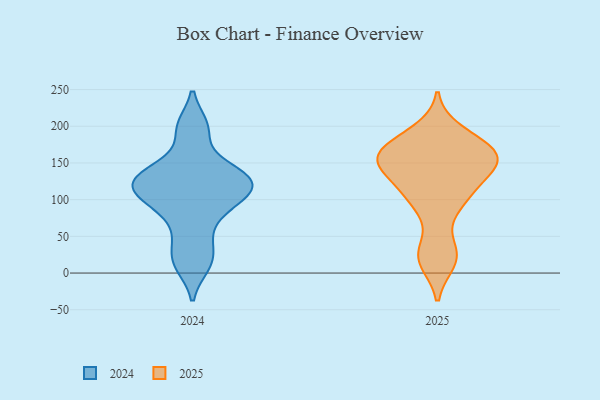
{"axis": {"x": "Net Income (USD K)", "y": "Value"}, "legend": ["2024", "2025"], "data": [{"x": "", "y": 68, "type": "2024"}, {"x": "", "y": 108, "type": "2024"}, {"x": "", "y": 17, "type": "2024"}, {"x": "", "y": 128, "type": "2024"}, {"x": "", "y": 125, "type": "2024"}, {"x": "", "y": 137, "type": "2024"}, {"x": "", "y": 96, "type": "2024"}, {"x": "", "y": 146, "type": "2024"}, {"x": "", "y": 93, "type": "2024"}, {"x": "", "y": 11, "type": "2024"}, {"x": "", "y": 119, "type": "2024"}, {"x": "", "y": 40, "type": "2024"}, {"x": "", "y": 131, "type": "2024"}, {"x": "", "y": 111, "type": "2024"}, {"x": "", "y": 199, "type": "2024"}, {"x": "", "y": 197, "type": "2024"}, {"x": "", "y": 155, "type": "2025"}, {"x": "", "y": 150, "type": "2025"}, {"x": "", "y": 154, "type": "2025"}, {"x": "", "y": 179, "type": "2025"}, {"x": "", "y": 89, "type": "2025"}, {"x": "", "y": 193, "type": "2025"}, {"x": "", "y": 169, "type": "2025"}, {"x": "", "y": 146, "type": "2025"}, {"x": "", "y": 157, "type": "2025"}, {"x": "", "y": 144, "type": "2025"}, {"x": "", "y": 121, "type": "2025"}, {"x": "", "y": 172, "type": "2025"}, {"x": "", "y": 104, "type": "2025"}, {"x": "", "y": 104, "type": "2025"}, {"x": "", "y": 16, "type": "2025"}, {"x": "", "y": 29, "type": "2025"}, {"x": "", "y": 23, "type": "2025"}]}